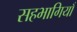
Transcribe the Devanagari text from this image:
सहभागियाँ